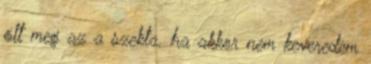
ölt meg az a szekta. ha akkor nem keveredem